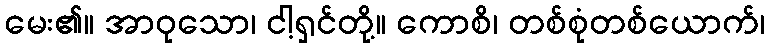
မေး၏။ အာဝုသော၊ ငါ့ရှင်တို့။ ကောစိ၊ တစ်စုံတစ်ယောက်၊